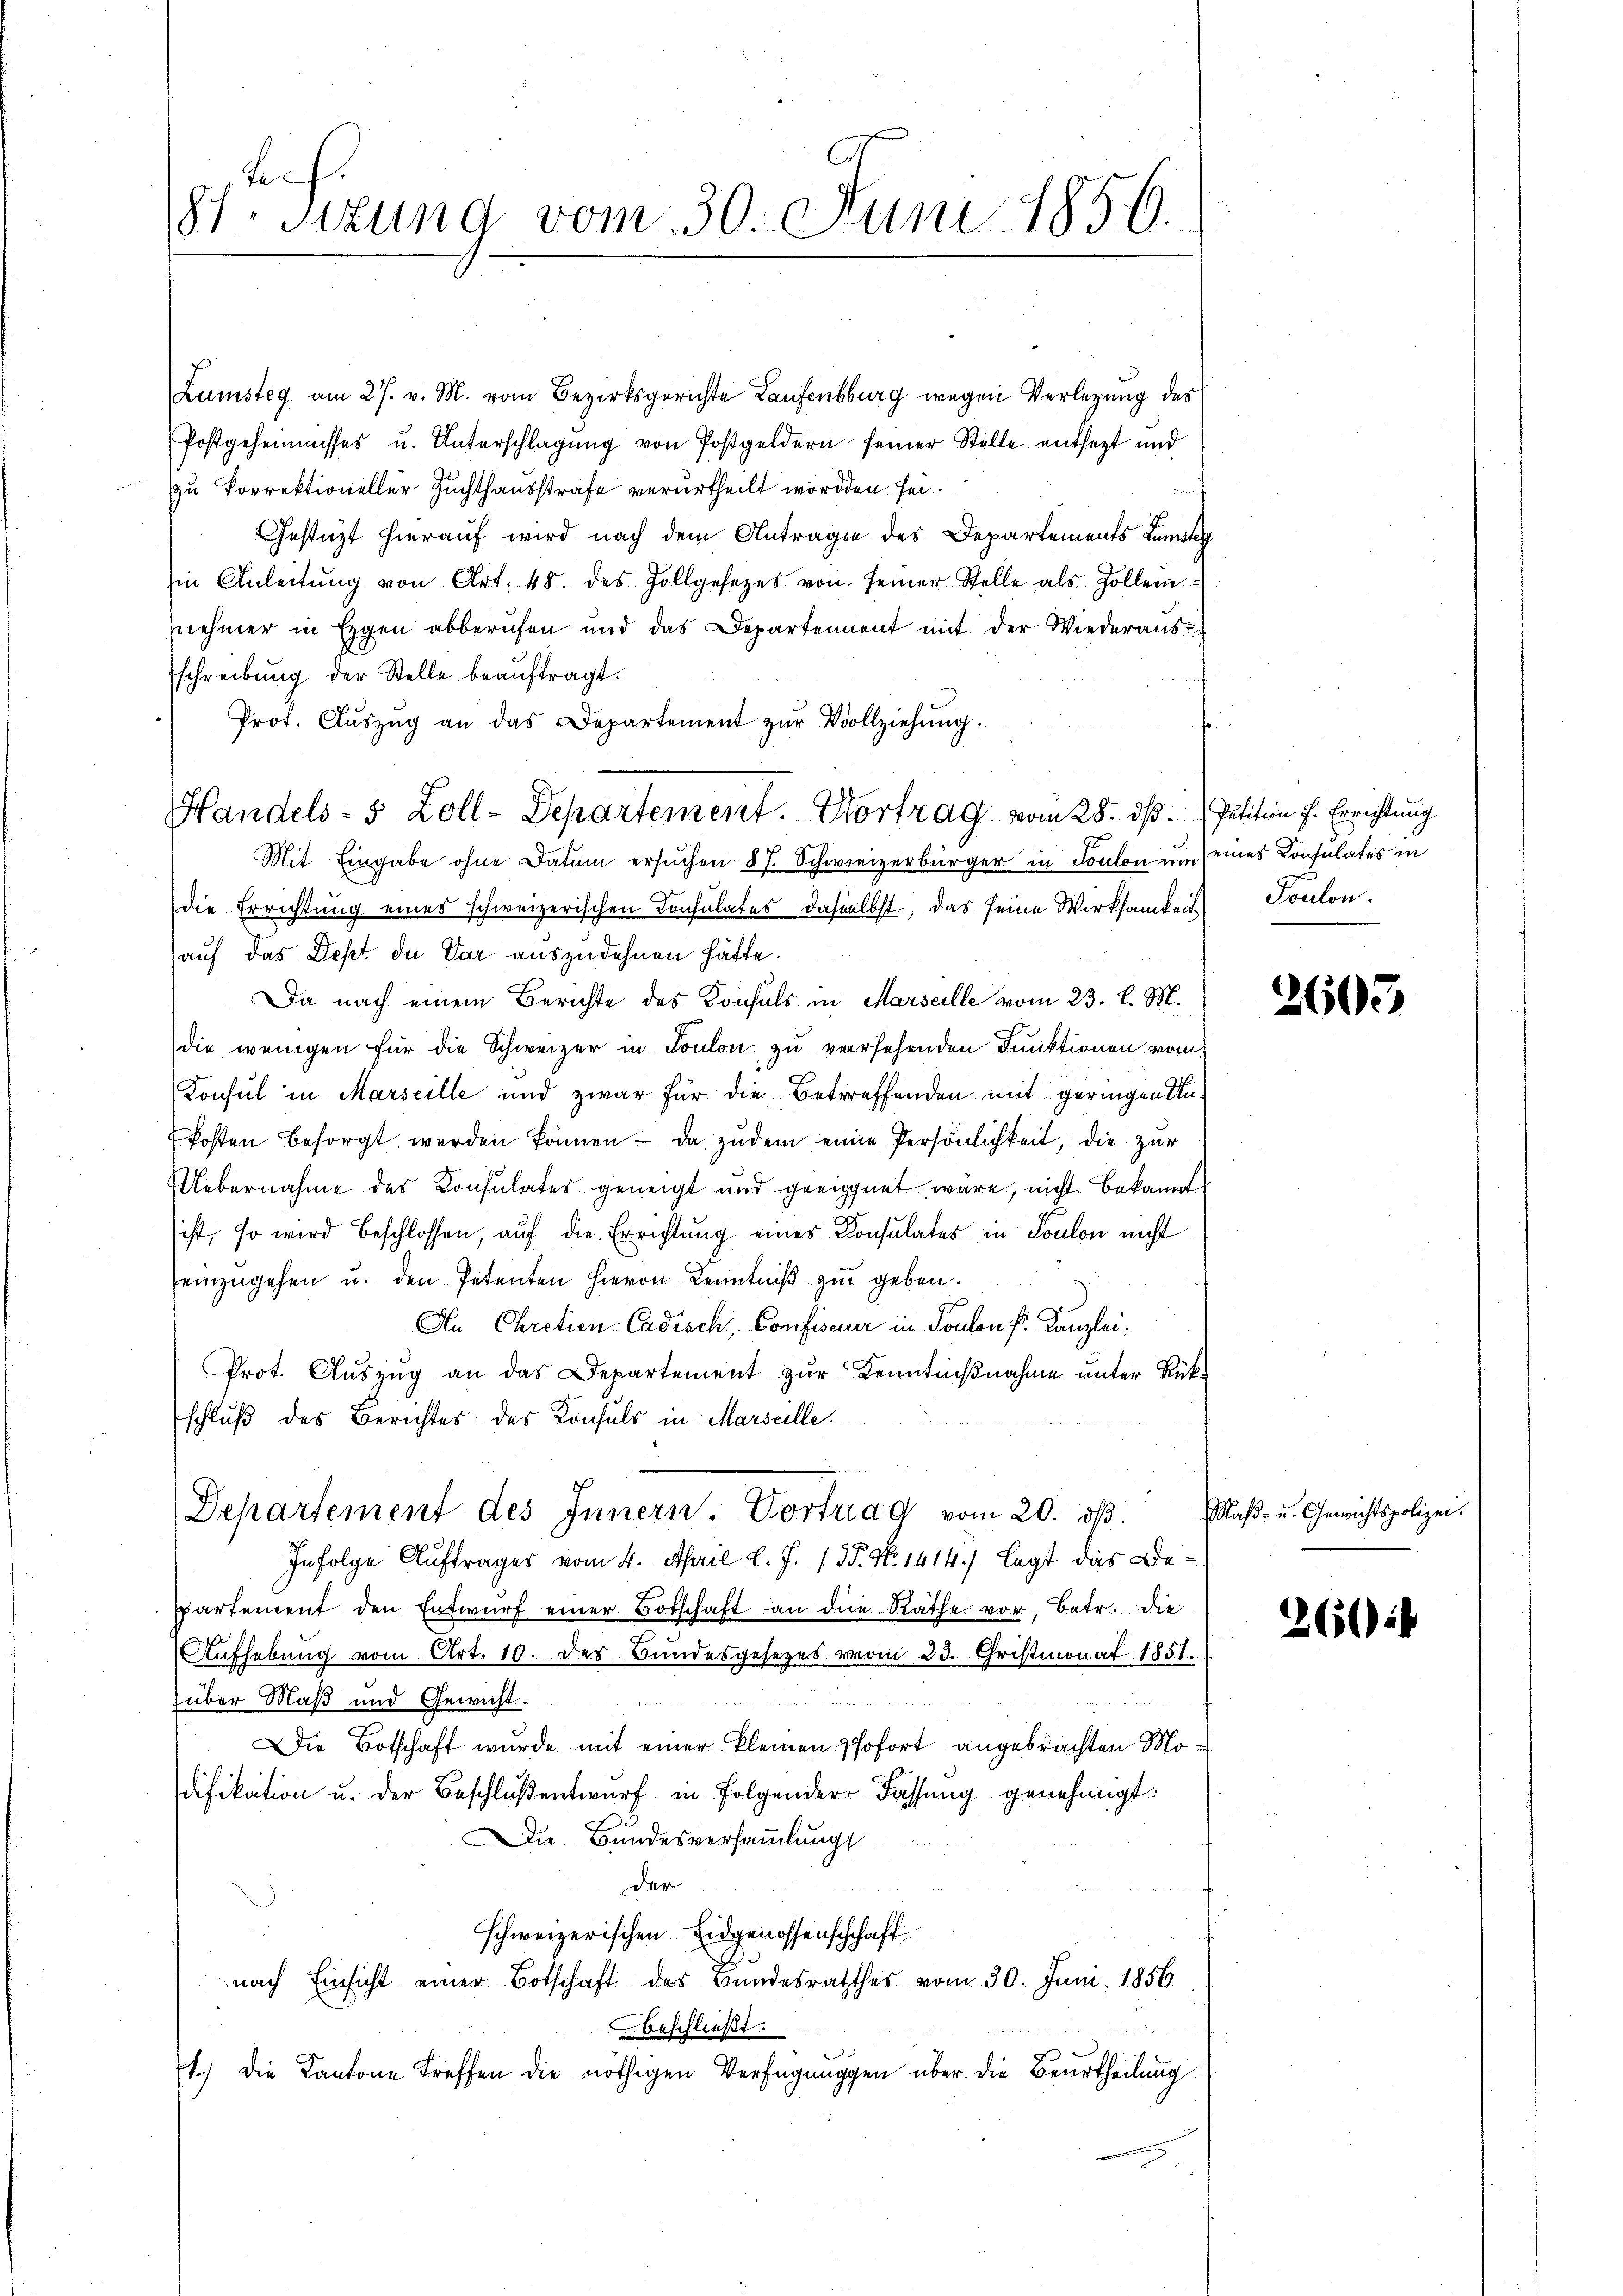
Lunsteg am 27. v. M. vom Bezirksgerichte Laufensburg wegen Verlegung des
Postgeheimisses u. Unterschlagung von Postgeldern seiner Stelle entsezt und
zu korrektioneller Zuchthausstrafe verurtheilt worden sei¬
Gestützt hierauf wird nach dem Antrage des Departements Lumstag
Ein Anleitŭng von Art. 48. des Zollgesetzes von seiner Stelle als Zollem
nehmer in Eigen abberufen und das Departement mit der Wiederaus-
Eschreibŭng der Stelle beaŭftragt.
Prot. Aŭszŭg an das Departement zŭr Vollziehŭng.
Handels- 5 Zoll-Departement. Vortrag vom 28. dß. Petition f. Errichtung
Mit Eingabe ohne Datum ersuchen 87. Schweizerbürger in Soulon um eines Consulates in
die Errichtung eines schweizerischen Consulates daselbst, das seine Wirksamkeit
auf das Dept de Var auszudehnen hätte.
Da nach einem Berichte des Konsuls in Marseille vom 23. l. M.
die wenigen für die Schweizer in Toulon zu versehenden Funktionen vom
Konsul in Marseille und zwar für die Betreffenden mit geringen Unkosten besorgt werden können - da zudem eine Persönlichkeit, die zur
Uebernahme des Konsulates geneigt und geeignet wäre, nicht bekannt
ist, so wird beschlossen, auf die Errichtung eines Konsulates in Toulon nicht
einzŭgehen u. den Petenten hievon Kenntniβ zŭr geben.
An Chretien Cadisch, Confiseur in Toulon P. Kanzlei.
Prot. Auszug an das Departement zur Kenntnißnahme unter Rükschluß des Berichtes des Konsuls in Marseille.
Departement des Innern. Vortrag vom 20. dβ.
Infolge Auftrages vom 4. April l. J. 13. No 1414.) legt das Bespartement den Entwŭrf einer Botschaft an die Rathe vor, Betr. die
Aufhebung vom Art. 10. des Bundesgesetzes vom 23. Christmonat 1851.
über Maß und Gewicht.
Die Botschaft wurde mit einer kleinen sofort angebrachten Modifikation u. der Beschloßentwurf in folgender Fassung genehmigt:
Die Bundesversammlung
der
schweizerischen Eidgenossenschchaft
.
nach Einsicht einer Botschaft des Bundesrathes vom 30. Juni 1856
Aeschließt:
1.) Die Kantone treffen die nöthigen Verfügungen über die Beurtheilung

sel
87. Sitzung vom 30. Juni 1856.

Toulon.

2605

Maß- u. Genichtspolizei.

26